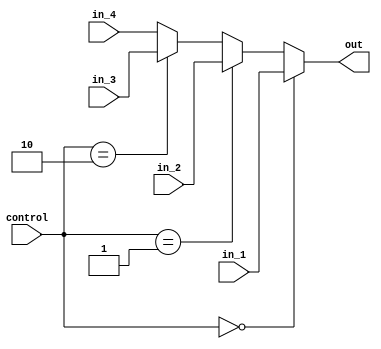
module MUX4 (
    input   [31:0]  in_1,
    input   [31:0]  in_2,
    input   [31:0]  in_3,
    input   [31:0]  in_4,
    input   [1:0]   control,
    output  [31:0]  out
);

assign out = (control == 0 ? in_1 : (control == 1 ? in_2 : (control == 2 ? in_3 : in_4)));

endmodule //MUX4